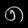
Digit: ၈